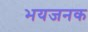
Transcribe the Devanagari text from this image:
भयजनक